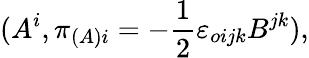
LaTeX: (A^{i},\pi_{(A)i}=-\frac{1}{2}{\varepsilon}_{oijk}B^{jk}),